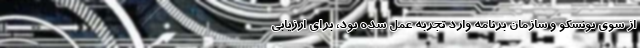
از سوی یونسکو و سازمان برنامه وارد تجربه عمل شده بود، برای ارزیابی